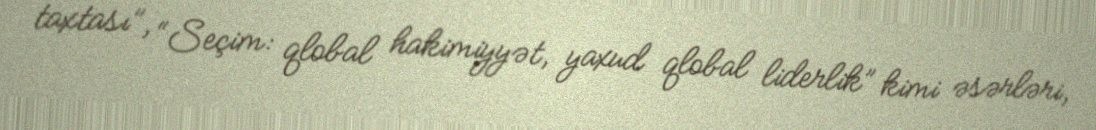
taxtası”, “Seçim: qlobal hakimiyyət, yaxud qlobal liderlik” kimi əsərləri,